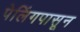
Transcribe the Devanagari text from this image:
पेलिंगपासून